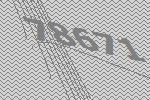
78671